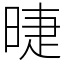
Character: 㫸